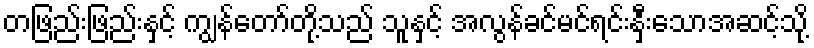
တဖြည်းဖြည်းနှင့် ကျွန်တော်တို့သည် သူနှင့် အလွန်ခင်မင်ရင်းနှီးသောအဆင့်သို့